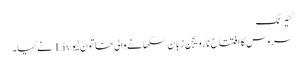
کٹیرنگ
سروس کا افتتاح نارویجن زبان سکھانے والی خاتون لیو Liv نے کیا۔